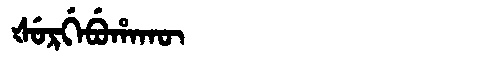
Manchu: ᡧᡠᡵᡤᡝᠪᡠᡥᠠᡴᡡ
Romanization: ŠURGEBUHAKŪ